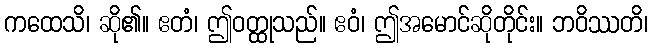
ကထေသိ၊ ဆို၏။ ဧတံ၊ ဤဝတ္ထုသည်။ ဧဝံ၊ ဤအမောင်ဆိုတိုင်း။ ဘဝိဿတိ၊